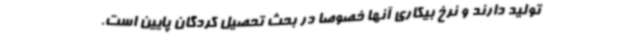
تولید دارند و نرخ بیکاری آنها خصوصا در بحث تحصیل کردگان پایین است.